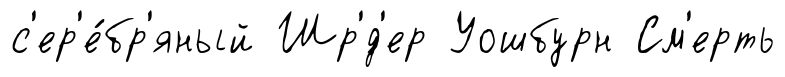
с'ер'е́бр'яный Шр'́д'ер Уошбурн См'ерть